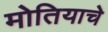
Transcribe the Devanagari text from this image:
मोतियाचे